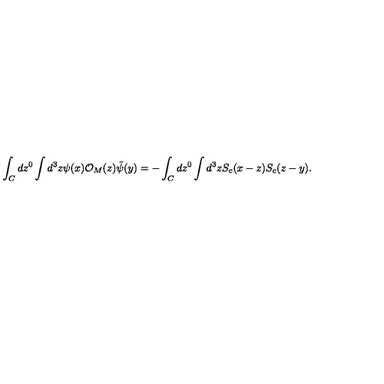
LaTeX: \int _ { C } d z ^ { 0 } \int d ^ { 3 } z \psi ( x ) { \cal O } _ { M } ( z ) \bar { \psi } ( y ) = - \int _ { C } d z ^ { 0 } \int d ^ { 3 } z S _ { c } ( x - z ) S _ { c } ( z - y ) .